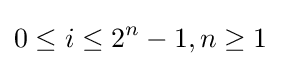
0\leq i\leq 2^{n}-1,n\geq 1